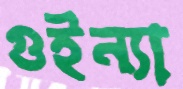
গুইন্যা